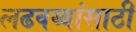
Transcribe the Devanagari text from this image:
लढवय्यांसाठी